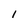
Character: l